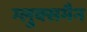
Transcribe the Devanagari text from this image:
ग्लुक्समैन